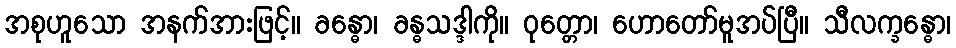
အစုဟူသော အနက်အားဖြင့်။ ခန္ဓော၊ ခန္ဓသဒ္ဒါကို။ ဝုတ္တော၊ ဟောတော်မူအပ်ပြီ။ သီလက္ခန္ဓော၊